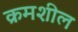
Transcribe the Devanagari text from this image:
क्रमशील